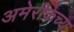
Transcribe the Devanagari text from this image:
अमेरीकेच्य